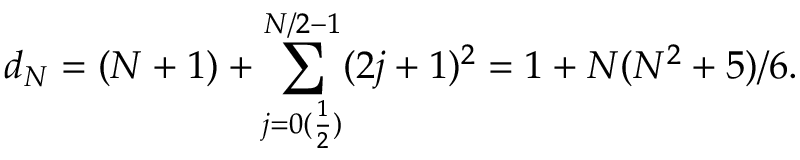
d _ { N } = ( N + 1 ) + \sum _ { j = 0 ( \frac { 1 } { 2 } ) } ^ { N / 2 - 1 } ( 2 j + 1 ) ^ { 2 } = 1 + N ( N ^ { 2 } + 5 ) / 6 .